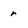
Character: r